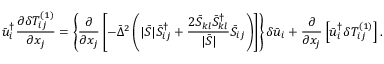
\bar { u } _ { i } ^ { \dag } \frac { { \partial \delta T _ { i j } ^ { \left( 1 \right) } } } { { \partial { x _ { j } } } } = \left\{ { \frac { \partial } { { \partial { x _ { j } } } } \left[ { - { { \bar { \Delta } } ^ { 2 } } \left( { | \bar { S } | \bar { S } _ { i j } ^ { \dag } + \frac { { 2 { { \bar { S } } _ { k l } } \bar { S } _ { k l } ^ { \dag } } } { { | \bar { S } | } } { { \bar { S } } _ { i j } } } \right) } \right] } \right\} \delta { { \bar { u } } _ { i } } + \frac { \partial } { { \partial { x _ { j } } } } \left[ { \bar { u } _ { i } ^ { \dag } \delta T _ { i j } ^ { \left( 1 \right) } } \right] .